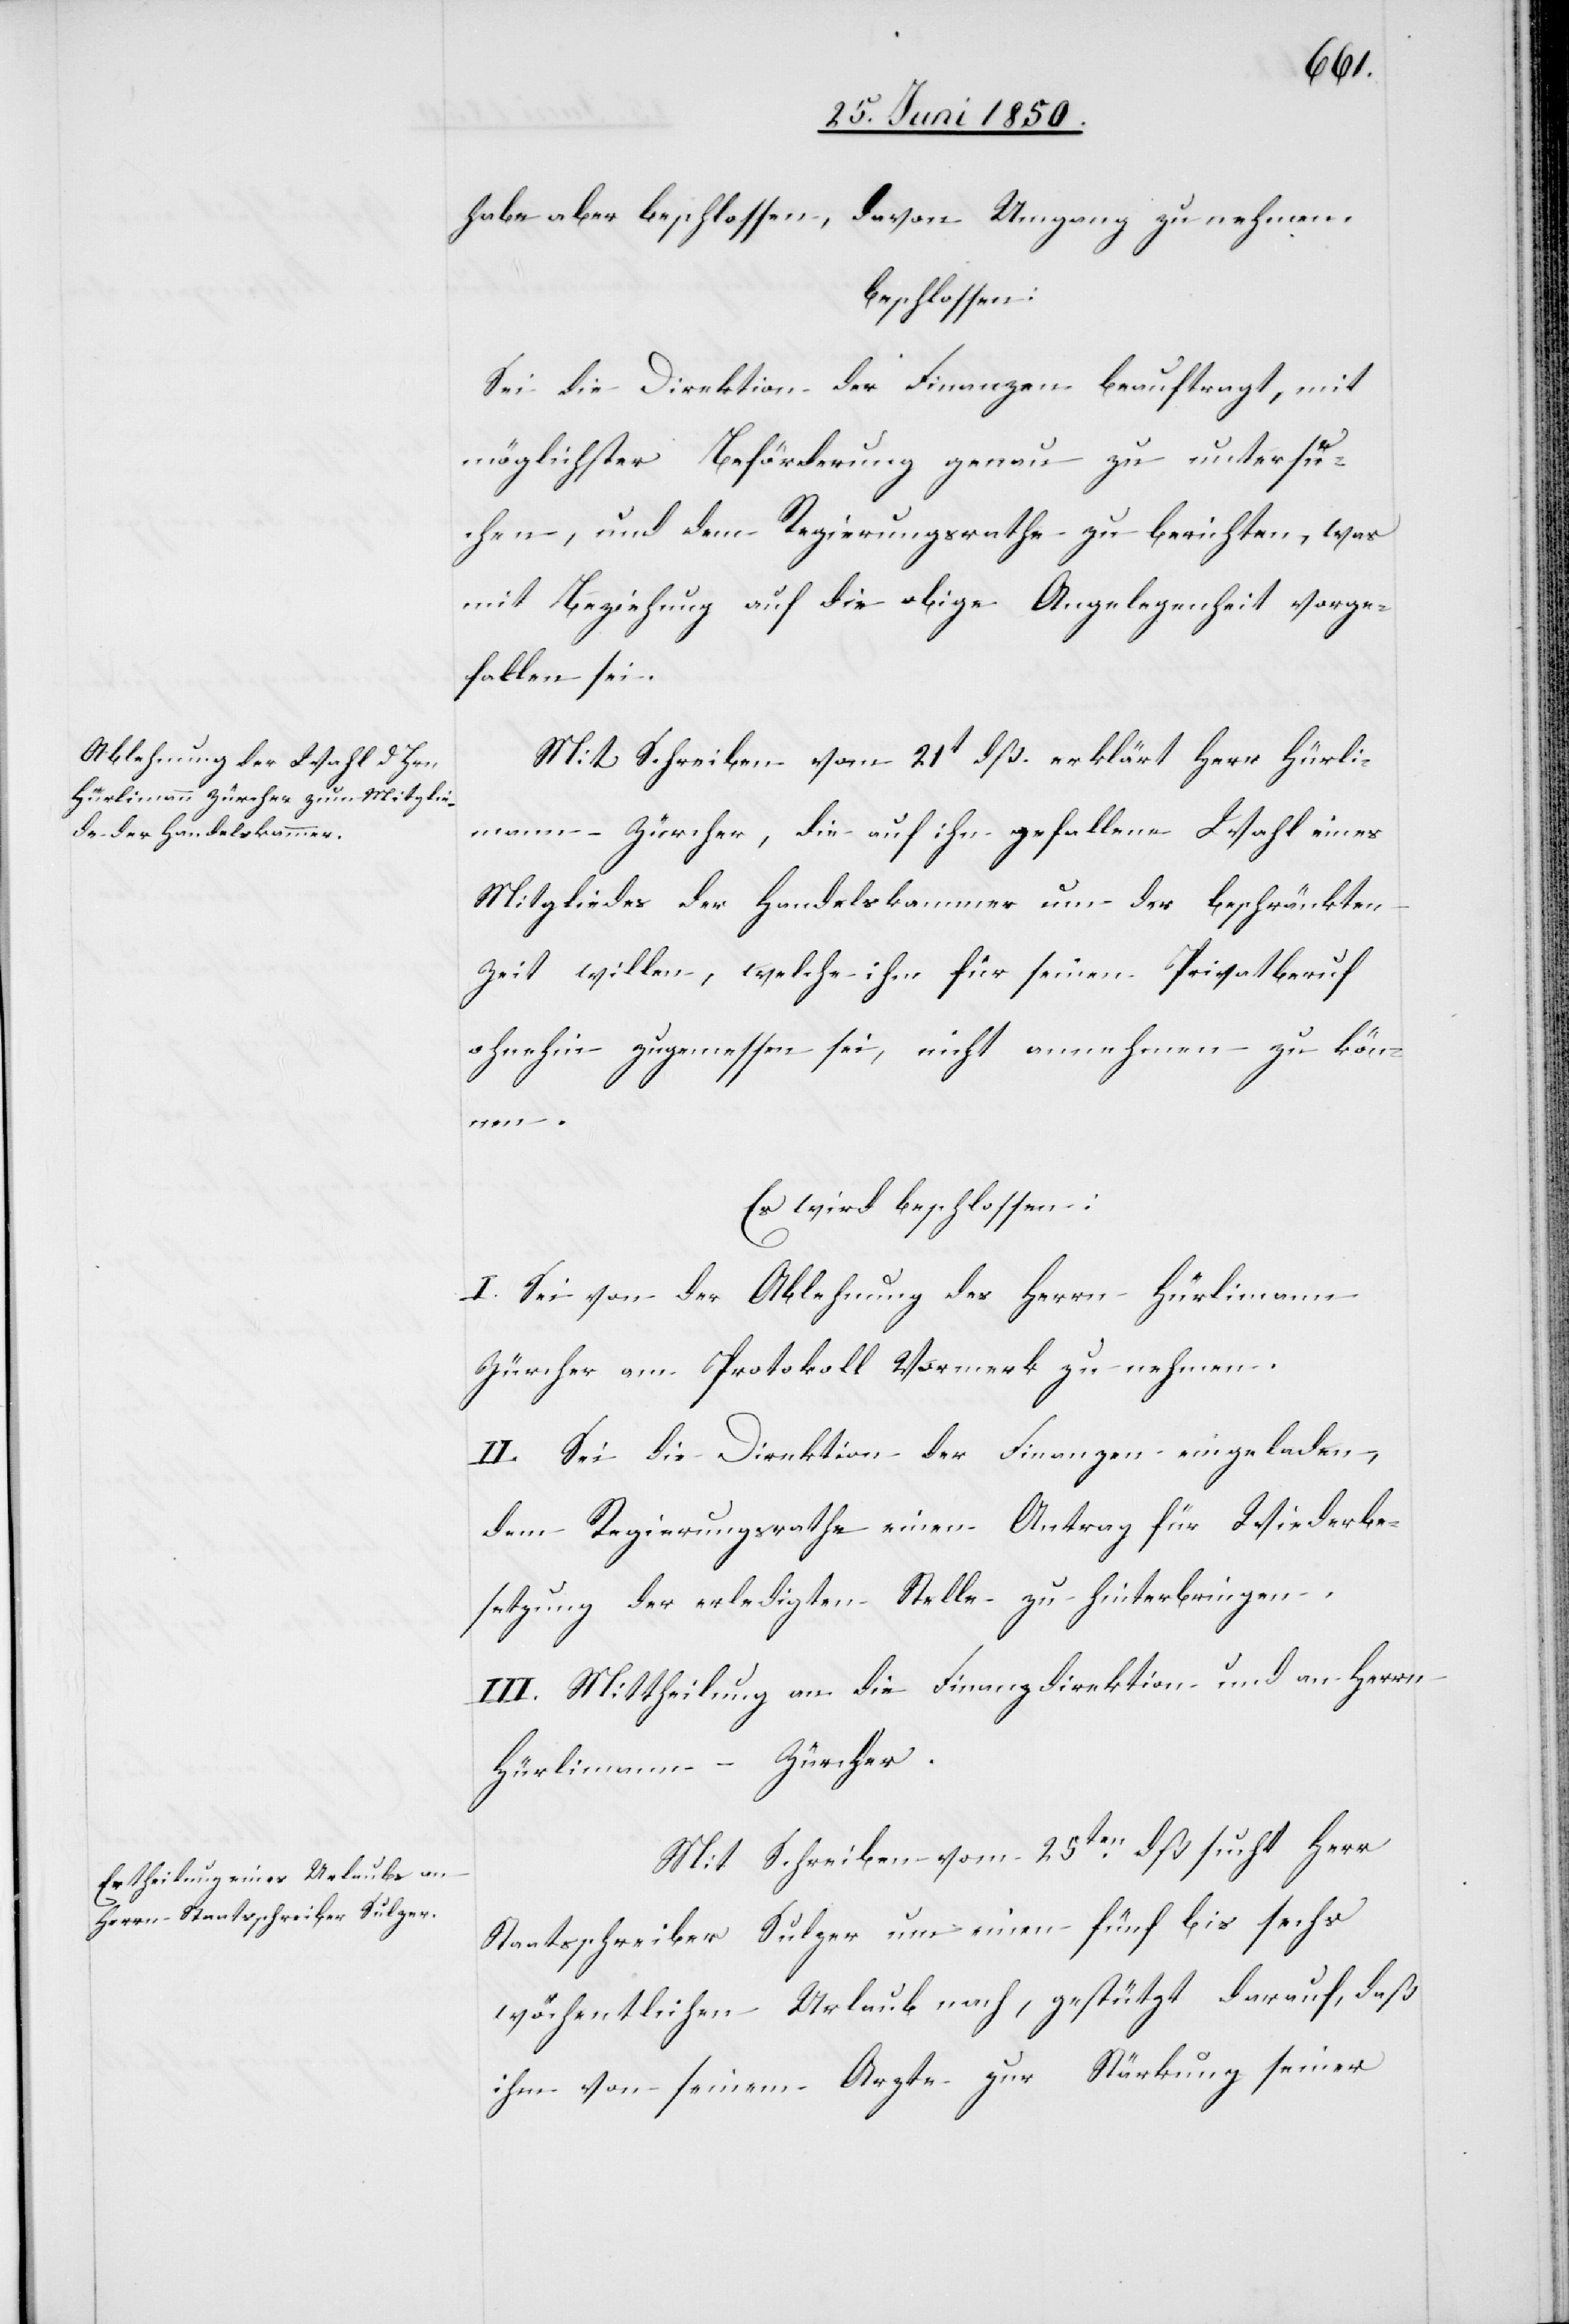
habe aber beschlossen, davon Umgang zu nehmen.
beschlossen:
Sei die Direktion der Finanzen beauftragt, mit
möglichster Beförderung genau zu untersu¬
chen, und dem Regierungsrathe zu berichten, was
mit Beziehung auf die obige Angelegenheit vorge¬
fallen sei.
Mit Schreiben vom 21t dß. erklärt Herr Hürli¬
mann-Zürcher [sic!], die auf ihn gefallene Wahl eines
Mitgliedes der Handelskammer um der beschränkten
Zeit willen, welche ihm für seinen Privatberuf
ohnehin zugemessen sei, nicht annehmen zu kön¬
nen.
Es wird beschlossen:
I. Sei von der Ablehnung des Herrn Hürlimann
Zürcher am Protokoll Vormerk zu nehmen.
II. Sei die Direktion der Finanzen eingeladen,
dem Regierungsrathe einen Antrag für Wiederbe¬
setzung der erledigten Stelle zu hinterbringen.
III. Mittheilung an die Finanzdirektion und an Herrn
Hürlimann-Zürcher.
Mit Schreiben vom 25ten dß sucht Herr
Staatsschreiber Sulzer um einen fünf bis sechs
wöchentlichen Urlaub nach, gestützt darauf, daß
ihm von seinem Arzte zur Stärkung seiner